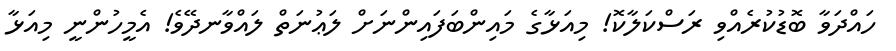
ހައްދަވާ ބޮޑުކުރެއްވި ރަސްކަލާކޮ! މިއަޅާގެ މައިންބަފައިންނަށް ލަޢުނަތް ލައްވާނދޭވެ! އެމީހުންނީ މިއަޅާ